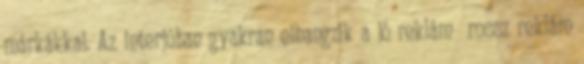
márkákkal. Az interjúban gyakran elhangzik a jó reklám rossz reklám